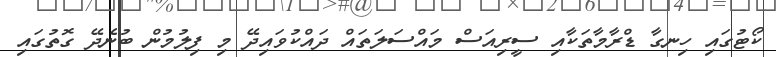
ކޯޓުގައި ހިނގާ ޑްރާމާތަކާއި ސީރިއަސް މައްސަލަތައް ދައްކުވައިދޭ މި ފިލުމުން ބުނެދޭ ގޮތުގައި